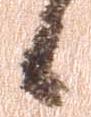
候